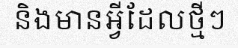
និងមានអ្វីដែលថ្មីៗ